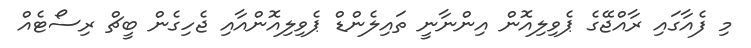
މި ފެއާގައި ރާއްޖޭގެ ޕެވިލިއޮން އިންނާނީ ތައިލެންޑް ޕެވިލިއޮންއާއި ޖެހިގެން ބީޗް ރިސޯޓެއް